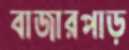
বাজারপাড়